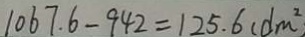
1 0 6 7 . 6 - 9 4 2 = 1 2 5 . 6 ( d m ^ { 2 }